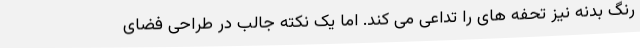
رنگ بدنه نیز تحفه های را تداعی می کند. اما یک نکته جالب در طراحی فضای